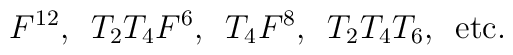
F^{12},\,\,\,T_2T_4F^6,\,\,\,T_4F^8,\,\,\,T_2T_4T_6,\,\,\,\mbox{etc.}